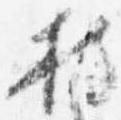
持